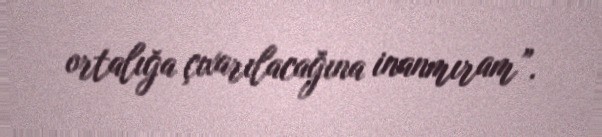
ortalığa çıxarılacağına inanmıram”.